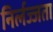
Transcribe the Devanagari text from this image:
निर्लज्जता